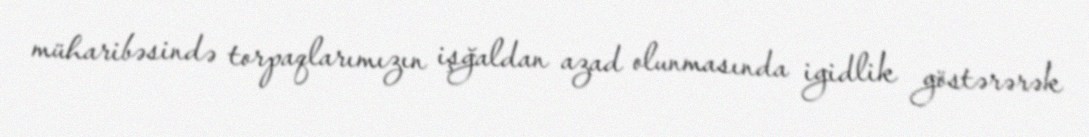
müharibəsində torpaqlarımızın işğaldan azad olunmasında igidlik göstərərək